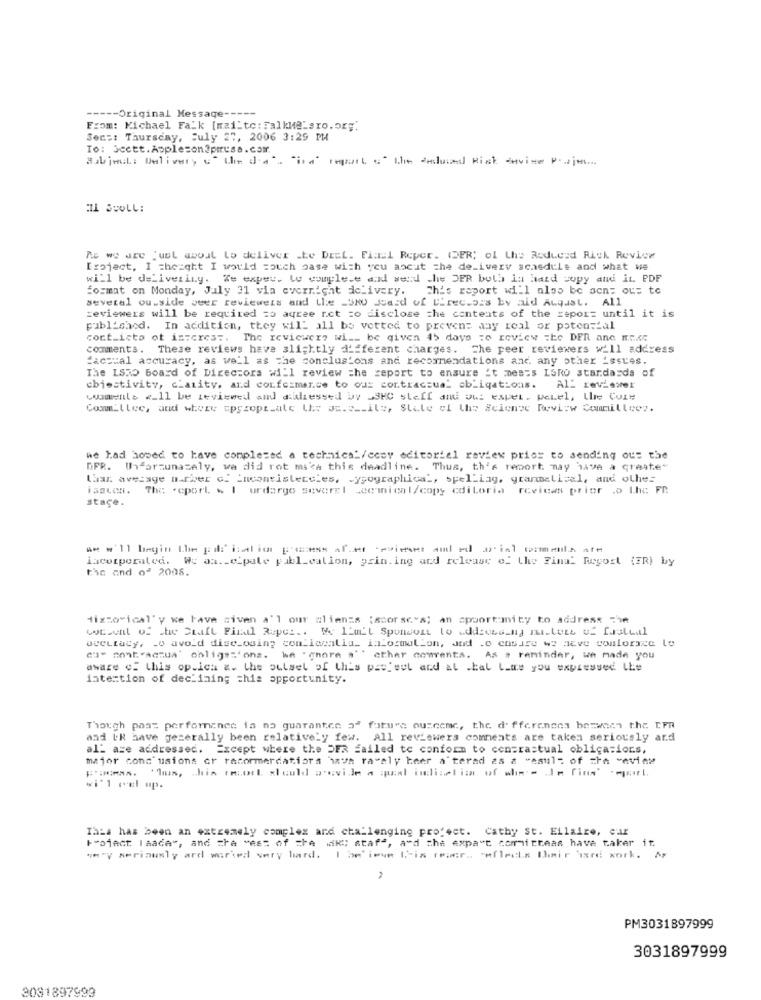
----- Original Message -----
From: Michael Falk [mailto: FalkMelero.org'
Secs: Thursday, July 27, 2006 3:29 PM
To: Ocett.Appleson?prusa.com.
Subject: Delivery + Unda". "ina" report of the andused Risk -Hvite Peajes ...
IL SUOLL:
As we are Just about to deliver the DEct. Fixed Reper. (FR; of the Reduced Risk Review
[roject, I thought I would couch base with you ascut the delivery schedule and what we
will be delivering. Ze exper. Lo couplece and send the DER both in hard copy and it. PDF
format on Monday, July 31 via evernight delivery. This report will also be acn; ou= te
several ou.side veer reviewers and the _SKU Jazd of Directors by aid August. All
reviewers will be required zo agree rct =o disclose the contents of the report until it is
published. In addition, they will all be vetted to prevent any real or potensial
cont_icto ot interes :. The reviewers wi __ be given 45 days to review the DER ane mecc
comments. These reviews have slightly different charges. The peer reviewers will address
factual accuracy, as well as the conclusions and recommendations and any other issues.
The ISSO board of Directors will review the report to ensure 't meses LaRo standards of
chiostivity, charity, and conformance to ou: contractual obligations.
Al_ Leviswer
comments <_ ll be reviewed and didressed by JSKC staff and uw: expet. weLel, Lhe Cuit
Comm_llee, and where cprsept_ale Uhr as.s .- ile, Stile of the Scienze Review Commilleos.
he had hoped to have completed a technics"/ccey editoriel review prior to sending out the
DPR. Uforzunazaly, we did rot mica this deadline. Thus, th's remort may have a Greate"
Laan average number c. Inconsistencies, - yyographical, spel-iag, grammatical, and other
issues. The report . I urdargo severel -cemical/copy cdiLoria revicas prior .o Lhe FR.
staçe.
incorporated. We aa ._ cipale publication, grin.ing and release of the Final Report (FR) by
tic and of 2008.
Higzo ical'y ke lave given a'l our clients ;scor se's; an opportunity to address che
wewent of the Draft Final Rupes .. He Isn't Sponsors to address ng midlers of Frattil
accuracy, to avoid dise_osing com'lacalla_ information, and .o ensure we neve comlorxce lo
ca" contractua' oblige='ons. we " gore a' ' other comments. As a reminder, we made you
aware of this op.ica &. the outset of this patieel and al skal Lime you expressed the
intention of declining this opportunity.
Though past performance is no guarantee of future outcome, the differences between the IFR
and LR have gezerally been relatively few. All reviewers comments are taken seriously ard
al_ are addressed. Except where the DER failed to conform to contractual obligations.
major conc'usions or racormerdatiora hava ravaly beer a terad 2s & "cault of che -evine
«i'l rul up.
This has been an extremely complex and challenging project. Cathy St. Eilaire, car
F"afact: laade", and the west of zhe Mik: ataf", and the expa"t committeas have taker it.
*"y seriously ard worked very hard. I believe Itis reacr .. "eflecks Ihair ire work. Ar
PM3031897999
3031897999
3081897999